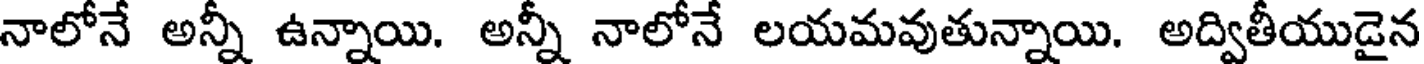
నాలోనే అన్నీ ఉన్నాయి. అన్నీ నాలోనే లయమవుతున్నాయి. అద్వితీయుడైన